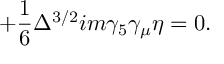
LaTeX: + \frac { 1 } { 6 } \Delta ^ { 3 / 2 } i m \gamma _ { 5 } \gamma _ { \mu } \eta = 0 .